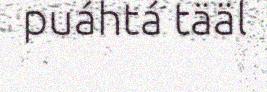
puáhtá tääl